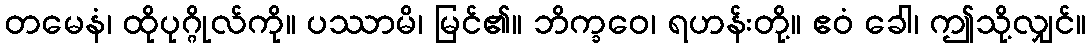
တမေနံ၊ ထိုပုဂ္ဂိုလ်ကို။ ပဿာမိ၊ မြင်၏။ ဘိက္ခဝေ၊ ရဟန်းတို့။ ဧဝံ ခေါ၊ ဤသို့လျှင်။